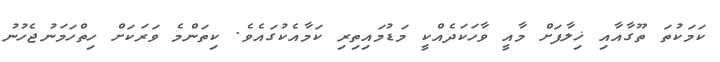
ކަމަކުތަ ތޫގާއާއި ޚިލާފަށް މާއީ ވާހަކަދެއްކީ މަޑުމައިތިރި ކަމާއެކުގައެވެ. ކިތަންމެ ވަރަކަށް ހިތްހަމަނުޖެހުނު